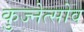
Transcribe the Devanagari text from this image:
कुज्नेत्सोव